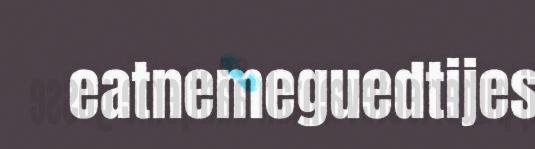
eatnemeguedtijes